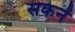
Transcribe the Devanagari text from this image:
सकनें